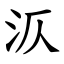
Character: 㳁